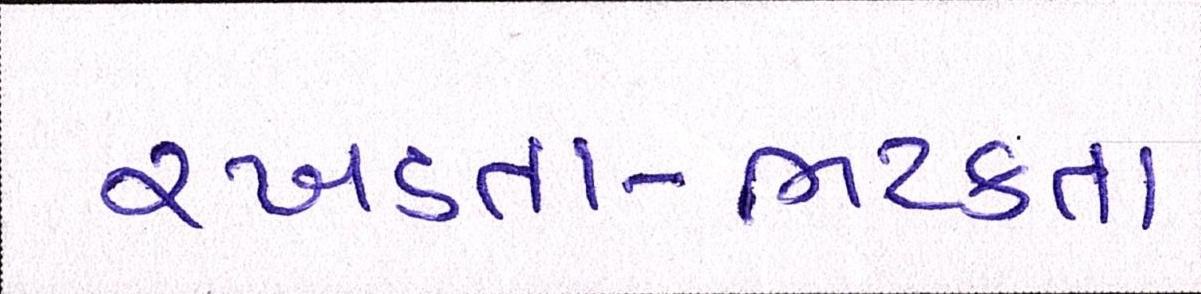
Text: રખડતા-ભટકતા